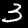
Label: 3